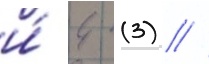
и́ 4 (3) //